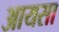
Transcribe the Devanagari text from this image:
आयसा